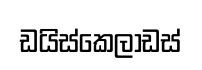
ඩයිස්කෙලාඩස්